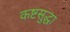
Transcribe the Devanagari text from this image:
कष्टसुद्धा